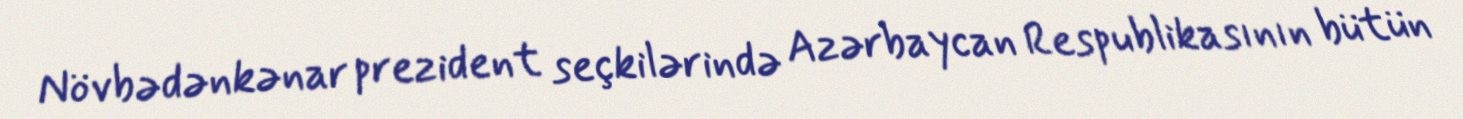
Növbədənkənar prezident seçkilərində Azərbaycan Respublikasının bütün